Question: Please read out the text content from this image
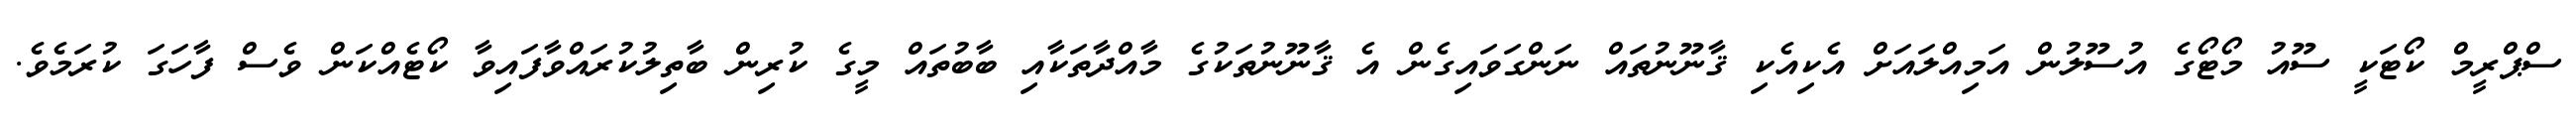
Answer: ސްޕްރީމް ކޯޓަކީ ސޫއު މޯޓޯގެ އުސޫލުން އަމިއްލައަށް އެކިއެކި ޤާނޫނުތައް ނަންގަވައިގެން އެ ޤާނޫނުތަކުގެ މާއްދާތަކާއި ބާބުތައް މީގެ ކުރިން ބާތިލުކުރައްވާފައިވާ ކޯޓެއްކަން ވެސް ފާހަގަ ކުރަމެވެ.